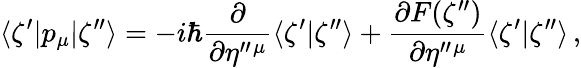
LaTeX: \langle\zeta^{\prime}|p_{\mu}|\zeta^{\prime\prime}\rangle=-i\hbar\frac{\partial}{\partial\eta^{\prime\prime}{}^{\mu}}\langle\zeta^{\prime}|\zeta^{\prime\prime}\rangle+\frac{\partial F(\zeta^{\prime\prime})}{\partial\eta^{\prime\prime}{}^{\mu}}\langle\zeta^{\prime}|\zeta^{\prime\prime}\rangle\, ,